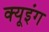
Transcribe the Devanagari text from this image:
क्यूइंग